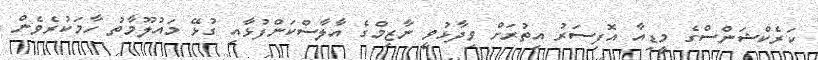
ކަރެކްޝަންސްގެ މީޑިއާ އޮފިސަރު އިތުރަށް ވިދާޅުވީ ނާޒިމްގެ އާލާސްކަންފުޅާއި ގުޅޭ މައުލޫމާތު ހާމަކުރެވެން